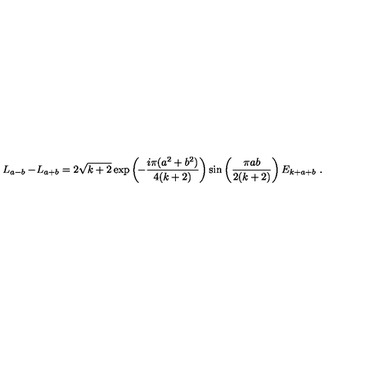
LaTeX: \begin{array} { c c l } { L _ { a - b } - \! L _ { a + b } = \displaystyle 2 \sqrt { k + 2 } \exp \left( \! - \frac { i \pi ( a ^ { 2 } + b ^ { 2 } ) } { 4 ( k + 2 ) } \right) \sin \left( \frac { \pi a b } { 2 ( k + 2 ) } \right) E _ { k + a + b } \ . } \\ \end{array}